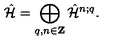
\hat { \cal H } = \bigoplus _ { q , n \in { \bf Z } } \hat { \cal H } ^ { n ; q } .